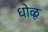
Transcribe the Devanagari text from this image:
धोळू